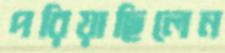
পরিয়াছিলেন